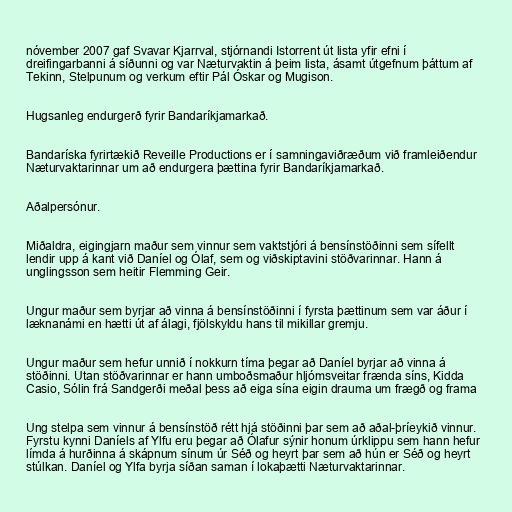
nóvember 2007 gaf Svavar Kjarrval, stjórnandi Istorrent út lista yfir efni í
dreifingarbanni á síðunni og var Næturvaktin á þeim lista, ásamt útgefnum þáttum af
Tekinn, Stelpunum og verkum eftir Pál Óskar og Mugison.

Hugsanleg endurgerð fyrir Bandaríkjamarkað.

Bandaríska fyrirtækið Reveille Productions er í samningaviðræðum við framleiðendur
Næturvaktarinnar um að endurgera þættina fyrir Bandaríkjamarkað.

Aðalpersónur.

Miðaldra, eigingjarn maður sem vinnur sem vaktstjóri á bensínstöðinni sem sífellt
lendir upp á kant við Daníel og Ólaf, sem og viðskiptavini stöðvarinnar. Hann á
unglingsson sem heitir Flemming Geir.

Ungur maður sem byrjar að vinna á bensínstöðinni í fyrsta þættinum sem var áður í
læknanámi en hætti út af álagi, fjölskyldu hans til mikillar gremju.

Ungur maður sem hefur unnið í nokkurn tíma þegar að Daníel byrjar að vinna á
stöðinni. Utan stöðvarinnar er hann umboðsmaður hljómsveitar frænda síns, Kidda
Casio, Sólin frá Sandgerði meðal þess að eiga sína eigin drauma um frægð og frama

Ung stelpa sem vinnur á bensínstöð rétt hjá stöðinni þar sem að aðal-þríeykið vinnur.
Fyrstu kynni Daníels af Ylfu eru þegar að Ólafur sýnir honum úrklippu sem hann hefur
límda á hurðinna á skápnum sínum úr Séð og heyrt þar sem að hún er Séð og heyrt
stúlkan. Daníel og Ylfa byrja síðan saman í lokaþætti Næturvaktarinnar.